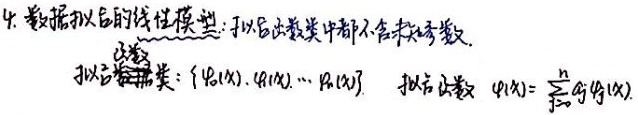
4. 数据拟合的线性模型：拟合函数类中都不含未知参数。拟合函数类：$\{ \varphi_0(x),\varphi_1(x),\cdots,\varphi_n(x)\}$，拟合函数 $\varphi(x)=\sum_{j = 0}^{n}a_j\varphi_j(x)$